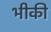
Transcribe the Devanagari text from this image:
भीकी